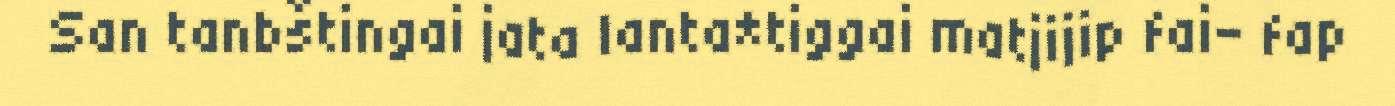
San tanbštingai jata lanta*tiggai matjijip fai- fap